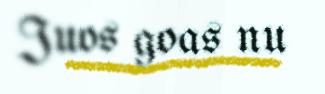
Juos goas nu